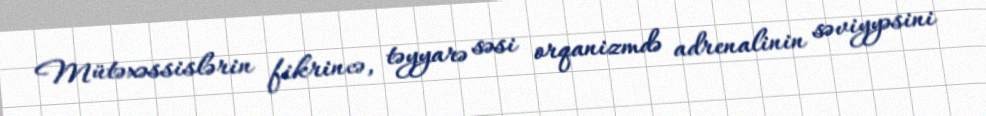
Mütəxəssislərin fikrincə, təyyarə səsi orqanizmdə adrenalinin səviyyəsini